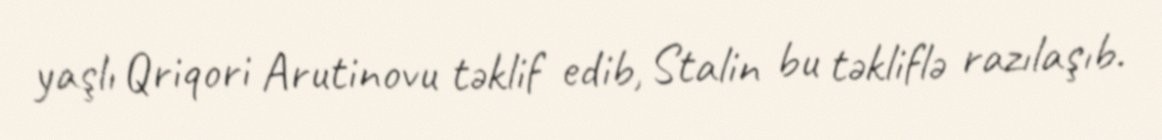
yaşlı Qriqori Arutinovu təklif edib, Stalin bu təkliflə razılaşıb.